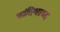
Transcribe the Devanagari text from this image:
नांदिश्राध्द